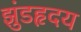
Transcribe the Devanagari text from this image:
झुंडहृदय